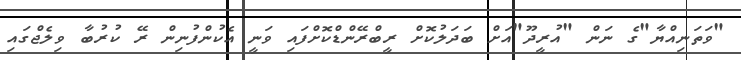
"ވަތަނިއްޔާ"ގެ ނަން "އުރީދޫ"އަށް ބަދަލުކޮށް ރީބްރޭންޑްކޮށްފައި ވަނީ އެކުންފުނިން ރޭ ކުރުބާ ވިލެޖްގައި